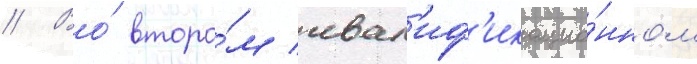
// Во́ второ́м квал'иф'икацио́нном